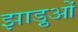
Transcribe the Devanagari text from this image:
झाड़ुओं